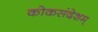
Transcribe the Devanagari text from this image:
कोकसंदेशम्